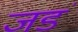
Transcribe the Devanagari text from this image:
जडं